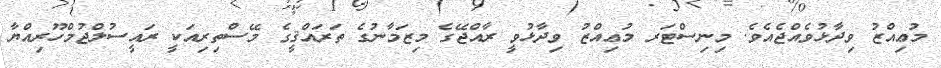
މުޢިއްޒު ވިދާޅުވެއްޖެއެވެ. މިނިސްޓަރ މުޢިއްޒު ވިދާޅުވީ ރާއްޖޭގެ މިޒަމާނުގެ ތަރައްޤީގެ މޭސްތިރިއަކީ ރައީސުލްޖުމްހޫރިއްޔާ